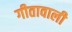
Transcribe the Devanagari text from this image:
गीतावाली